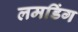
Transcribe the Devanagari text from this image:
लमडिंग